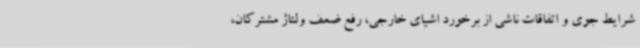
شرایط جوی و اتفاقات ناشی از برخورد اشیای خارجی، رفع ضعف ولتاژ مشترکان،